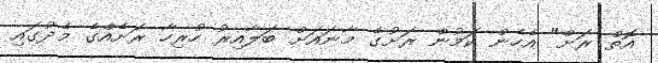
އޮތް ރަށް" އެހެން ކަމުން ރަށުގެ މާނައަށް ބަލާއިރު ހުރިހާ ރަށެއްގެ މެދުގައި